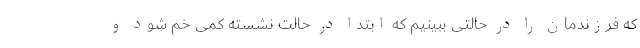
که فرزندمان را در حالتی ببینیم که ابتدا در حالت نشسته کمی خم شود و